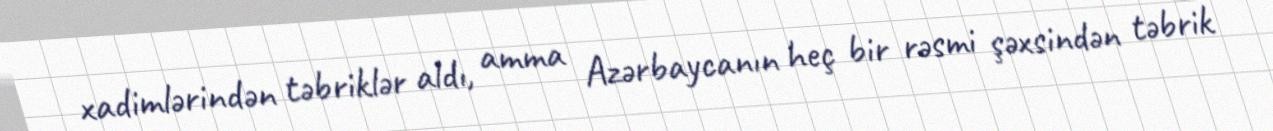
xadimlərindən təbriklər aldı, amma Azərbaycanın heç bir rəsmi şəxsindən təbrik